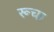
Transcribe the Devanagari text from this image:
रूचा